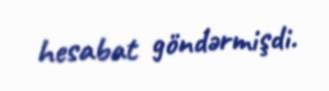
hesabat göndərmişdi.